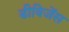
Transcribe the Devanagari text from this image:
डीविजेंस